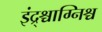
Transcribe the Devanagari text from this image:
इंद्र्श्चाग्निश्च